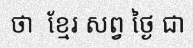
ថា  ខ្មែរ សព្វ ថ្ងៃ ជា